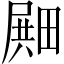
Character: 𪽛